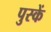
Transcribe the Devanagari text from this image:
पुस्कें